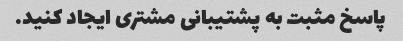
پاسخ مثبت به پشتیبانی مشتری ایجاد کنید.